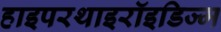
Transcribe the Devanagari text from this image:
हाइपरथाइरॉइडिज्म